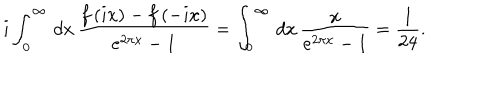
i \int _ { 0 } ^ { \infty } \, d x \, \frac { f \left( i x \right) - f \left( - i x \right) } { e ^ { 2 \pi x } - 1 } = \int _ { 0 } ^ { \infty } \, d x \, \frac { x } { e ^ { 2 \pi x } - 1 } = \frac { 1 } { 2 4 } .